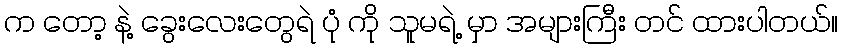
က တော့ နဲ့ ခွေးလေးတွေရဲ ပုံ ကို သူမရဲ့ မှာ အများကြီး တင် ထားပါတယ်။